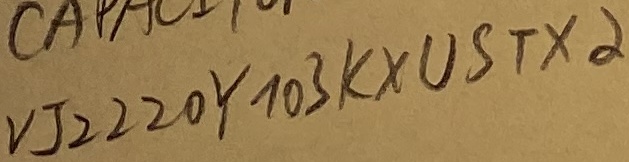
Text: VJ2220Y103KXUSTX2